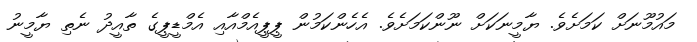
މައުމޫނަށް ކަމަށެވެ. ޔާމީނަކަށް ނޫންކަމަށެވެ. އެހެންކަމުން ޕީޕީއެމްއާއި އެމްޑީޕީގެ ތާއީދު ނެތި ޔާމީނު